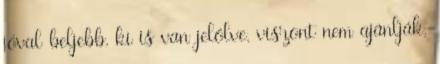
jóval beljebb, ki is van jelölve, viszont nem ajánlják,